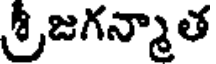
శ్రీజగన్మాత